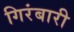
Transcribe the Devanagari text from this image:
गिरंबारी